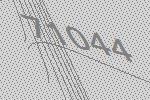
71044